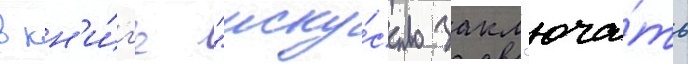
в кн'и́г'е "иску́сство закл'юча́ть